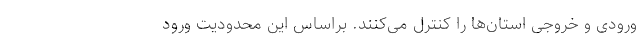
ورودی و خروجی استان‌ها را کنترل می‌کنند. براساس این محدودیت ورود